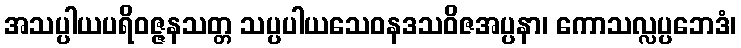
အသပ္ပါယပရိဝဇ္ဇနသတ္တ သပ္ပပါယသေဝနဒသဝိဇအပ္ပနာ၊ ကောသလ္လပ္ပဘေဒံ၊